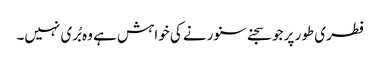
فطری طور پر جو سجنے سنورنے کی خواہش ہے وہ بُری نہیں۔